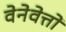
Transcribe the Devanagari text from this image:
वेनेवेत्तो